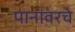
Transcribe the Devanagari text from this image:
पानावरचे